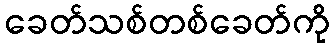
ခေတ်သစ်တစ်ခေတ်ကို